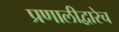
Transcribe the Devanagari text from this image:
प्रणालीद्वारेच